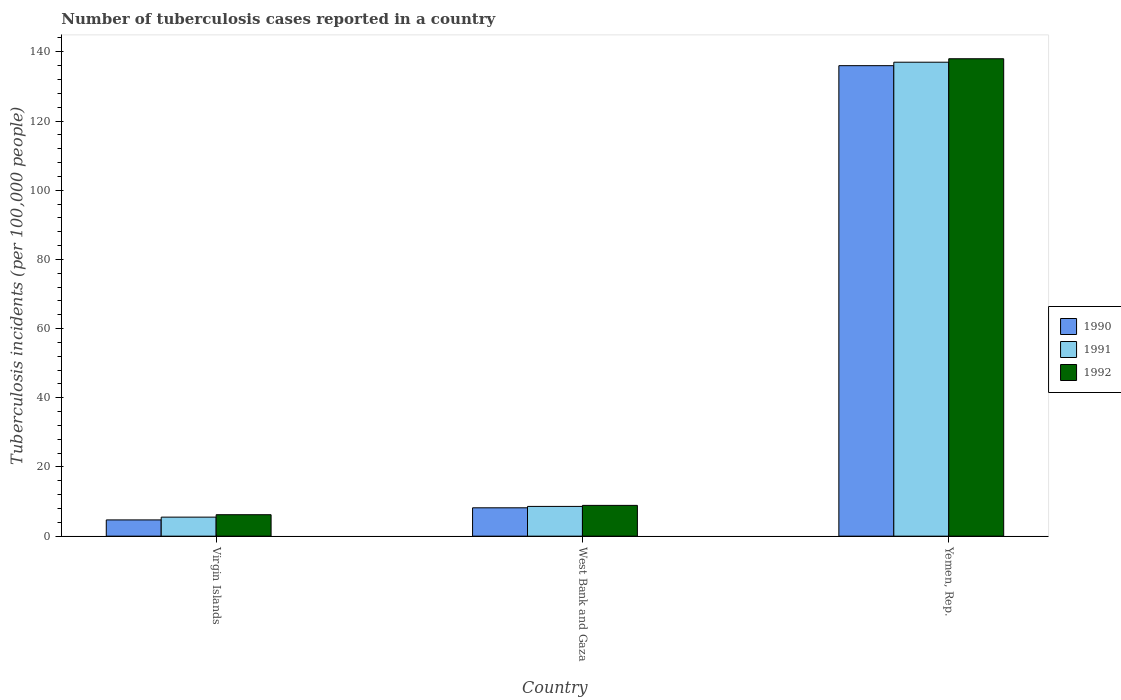
| Country | 1990 | 1991 | 1992 |
 | --- | --- | --- | --- |
 | Virgin Islands | 4.7 | 5.5 | 6.2 |
 | West Bank and Gaza | 8.2 | 8.6 | 8.9 |
 | Yemen, Rep. | 136 | 137 | 138 |